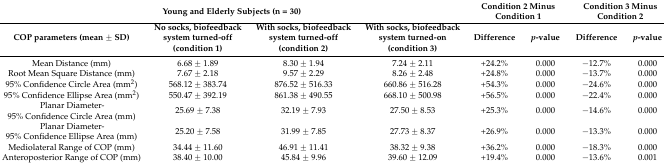
| <COLSPAN=4> Young and Elderly Subjects (n = 30) | <COLSPAN=2> Condition 2 Minus Condition 1 | <COLSPAN=2> Condition 3 Minus Condition 2 |
 | COP parameters (mean ± SD) | No socks, biofeedback system turned-off (condition 1) | With socks, biofeedback system turned-off (condition 2) | With socks, biofeedback system turned-on (condition 3) | Difference | p-value | Difference | p-value |
 | --- | --- | --- | --- | --- | --- | --- | --- |
 | Mean Distance (mm) | 6.68 ± 1.89 | 8.30 ± 1.94 | 7.24 ± 2.11 | +24.2% | 0.000 | −12.7% | 0.000 |
 | Root Mean Square Distance (mm) | 7.67 ± 2.18 | 9.57 ± 2.29 | 8.26 ± 2.48 | +24.8% | 0.000 | −13.7% | 0.000 |
 | 95% Confidence Circle Area (mm2) | 568.12 ± 383.74 | 876.52 ± 516.33 | 660.86 ± 516.28 | +54.3% | 0.000 | −24.6% | 0.000 |
 | 95% Confidence Ellipse Area (mm2) | 550.47 ± 392.19 | 861.38 ± 490.55 | 668.10 ± 500.98 | +56.5% | 0.000 | −22.4% | 0.000 |
 | Planar Diameter-95% Confidence Circle Area (mm) | 25.69 ± 7.38 | 32.19 ± 7.93 | 27.50 ± 8.53 | +25.3% | 0.000 | −14.6% | 0.000 |
 | Planar Diameter-95% Confidence Ellipse Area (mm) | 25.20 ± 7.58 | 31.99 ± 7.85 | 27.73 ± 8.37 | +26.9% | 0.000 | −13.3% | 0.000 |
 | Mediolateral Range of COP (mm) | 34.44 ± 11.60 | 46.91 ± 11.41 | 38.32 ± 9.38 | +36.2% | 0.000 | −18.3% | 0.000 |
 | Anteroposterior Range of COP (mm) | 38.40 ± 10.00 | 45.84 ± 9.96 | 39.60 ± 12.09 | +19.4% | 0.000 | −13.6% | 0.001 |